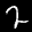
Label: 2